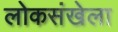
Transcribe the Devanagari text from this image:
लोकसंखेला